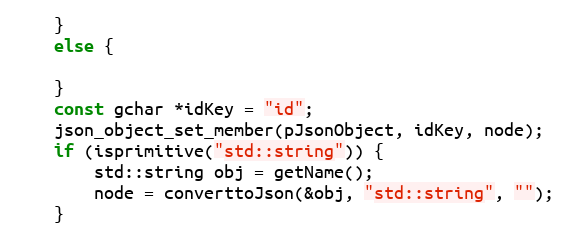
Language: C++
	}
	else {

	}
	const gchar *idKey = "id";
	json_object_set_member(pJsonObject, idKey, node);
	if (isprimitive("std::string")) {
		std::string obj = getName();
		node = converttoJson(&obj, "std::string", "");
	}